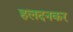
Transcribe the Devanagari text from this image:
हलदनकर